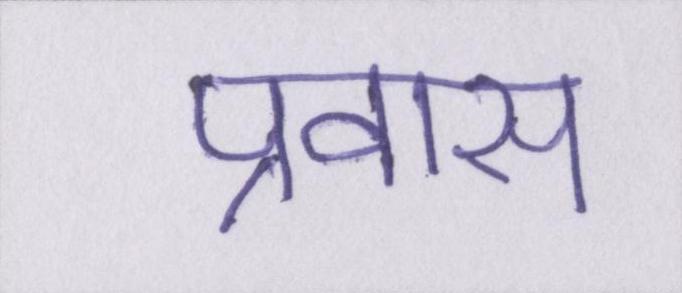
प्रवास